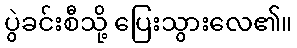
ပွဲခင်းစီသို့ ပြေးသွားလေ၏။